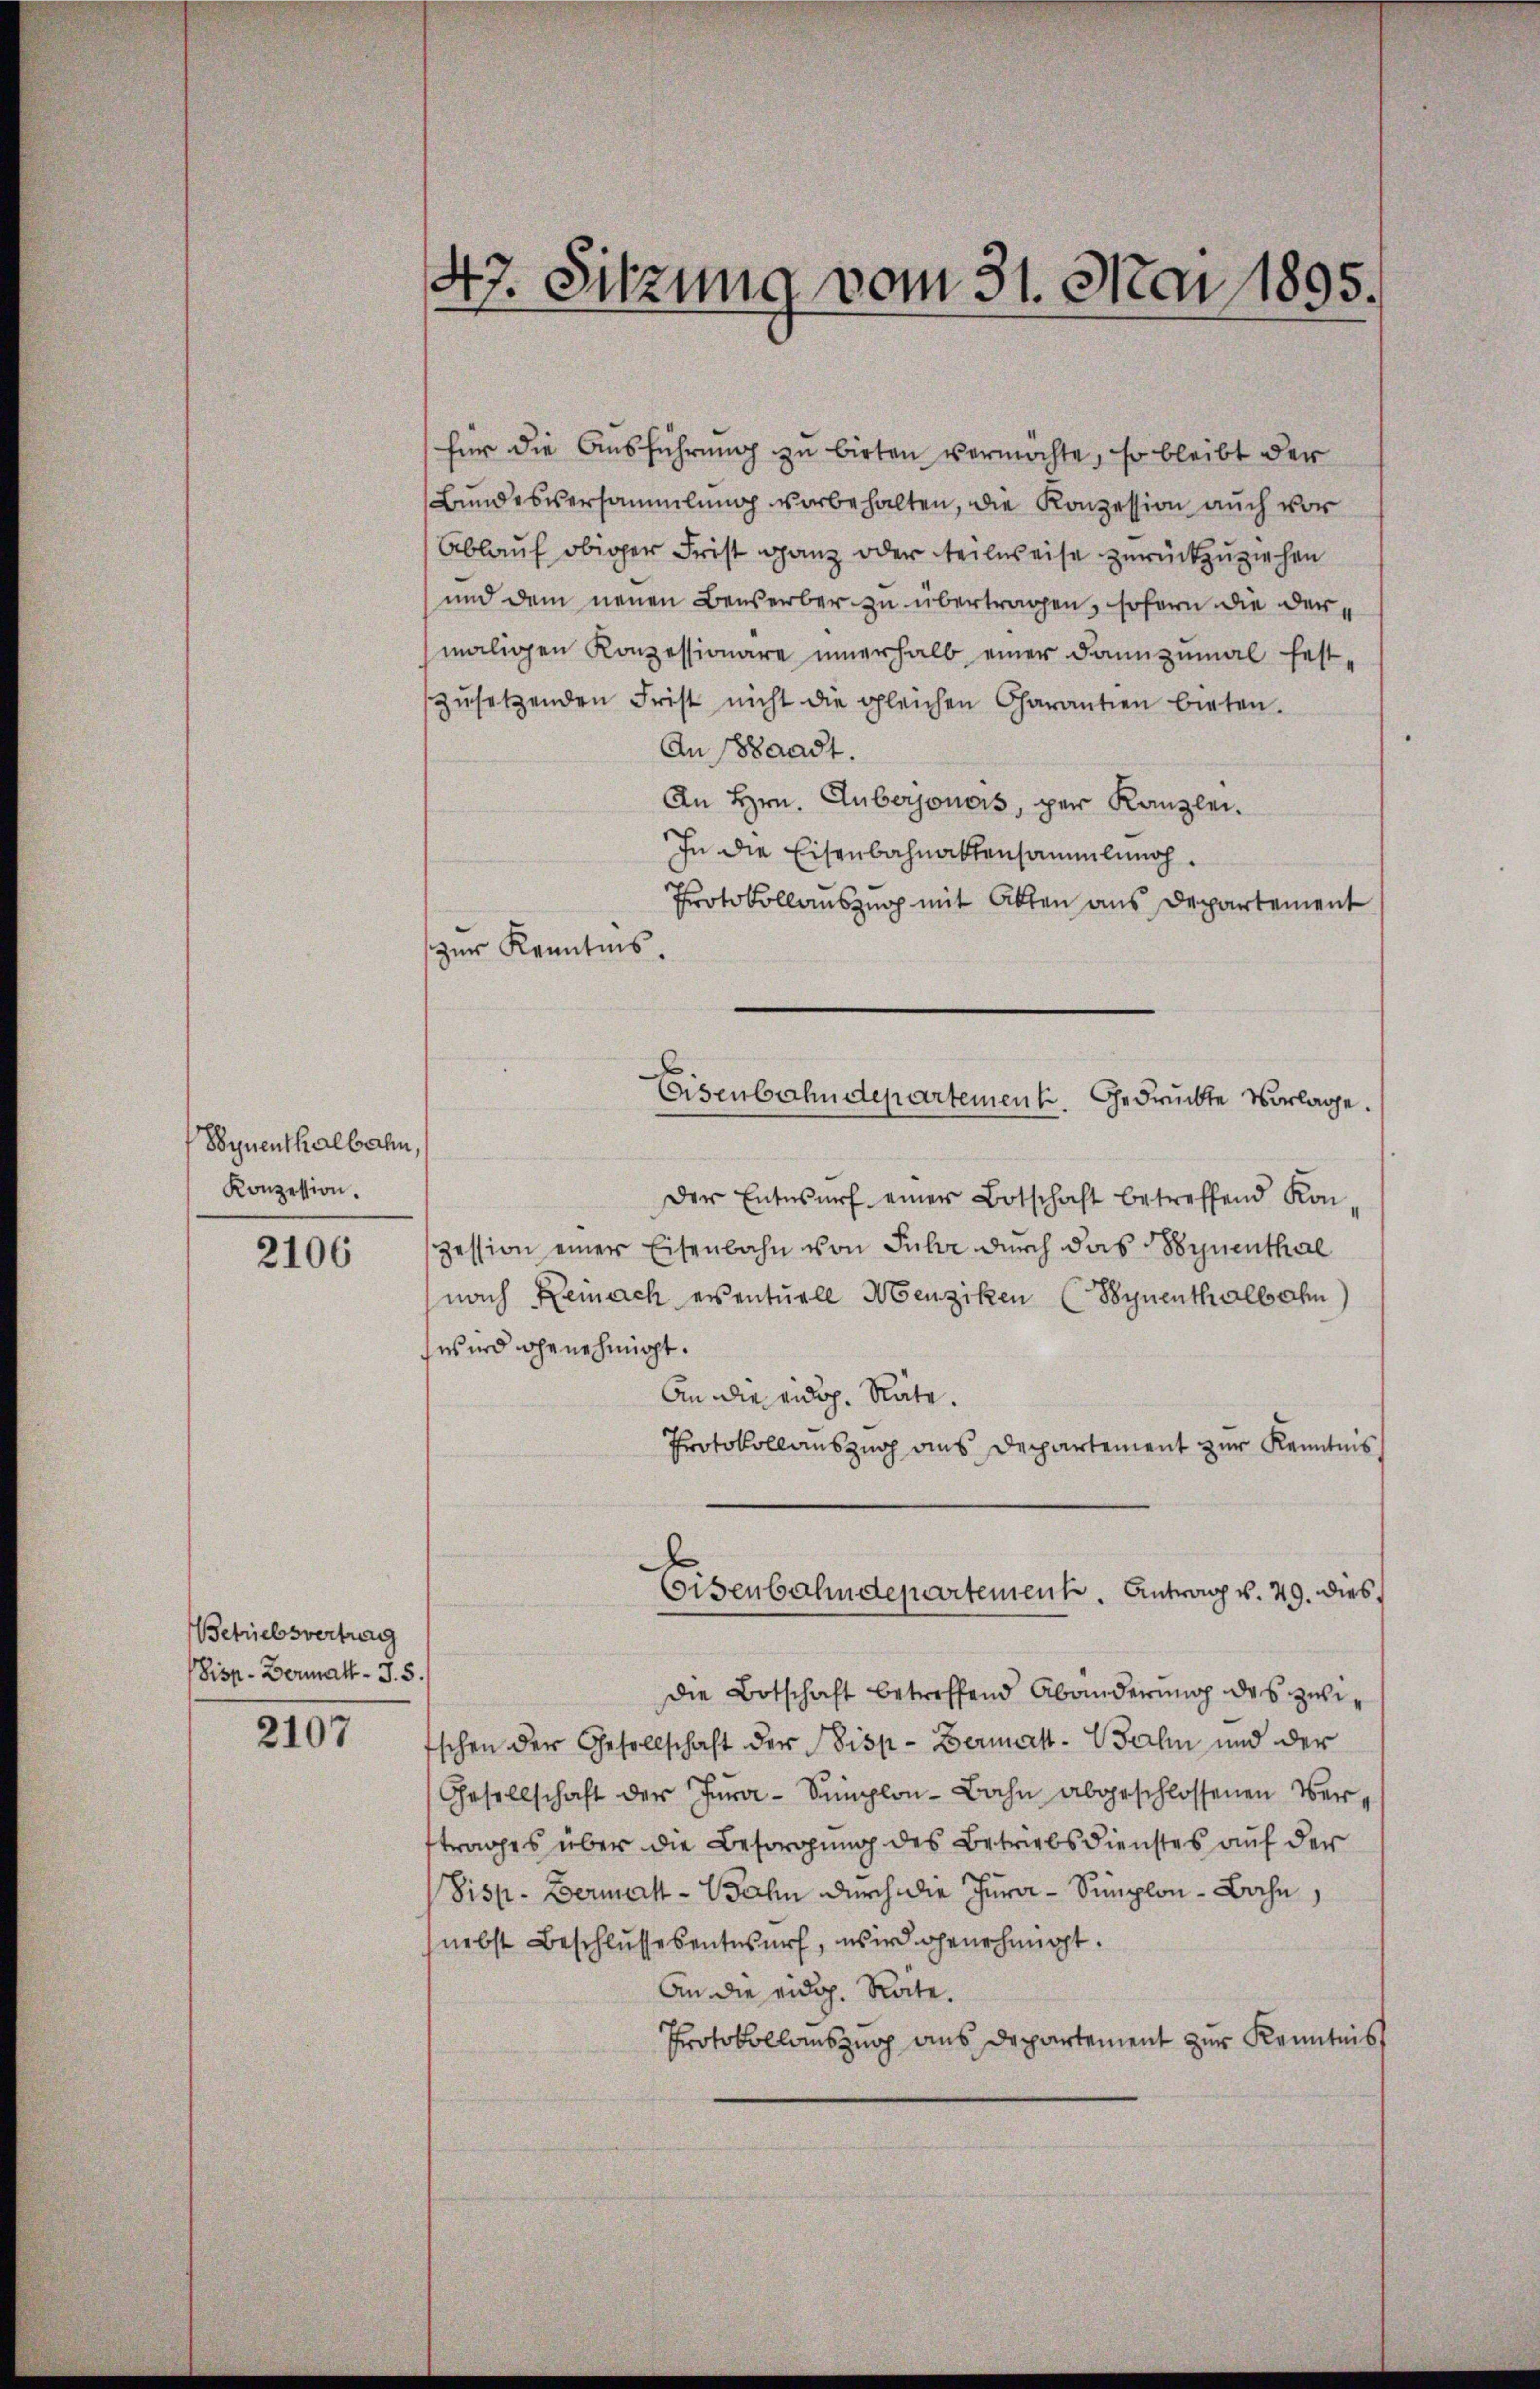
Synenthalbahn,
Konzession.

2106

Betriebsvertrag
Disp. Vermatt - J.5.

2107

47. Sitzung vom 31. Mai 1895.

für die Ausführung zu bieten vermöchte, so bleibt der
Bundesversammlung vorbehalten, die Konzession auch vor
Ablauf obiger Frist ganz oder teilweise zurückzuziehen
und dem neuen Beiserber zu übertragen, sofern die dermaligen Konzessionäre innerhalb einer dannzumal fest-
zŭsetzenden Frist nicht die gleichen Charantien bieten.
An Waadt.
An Hrn. Anbergonois, per Kanzlei.
In die Eisenbahnaktensammlung.
Protokollauszug mit Akten aus Departement
zur Kenntnis.
Der Entwurf einer Botschaft betreffend Kon-
zession einer Eisenbahn von Juhr durch das Synenthal
nach Reinach eventuell Menziken (Synenthalbahn
wird genehmigt.
An die eidg. Räte.
Protokollauszug aus Departement zur Kenntnis,
Eisenbahndepartement. Antrag v. 29. dies
die Botschaft betreffend Abänderung des zwischen der Gesellschaft der Disp. Bermal-Walin und der
Gesellschaft der Jura - Semplon-Bahn abgeschlossenen Verftrages über die Besorgung des Betriebsdienstes auf der
Disp. Bermatt-Bahn durch die Jura - Simplon - Bahn,
nebst Beschlussesentwurf, wird genehmigt.
An die eidg. Rate.
Protokollauszug aus Departement zur Kenntnis

Eisenbahndepartement. Gedrückte Vorlage.